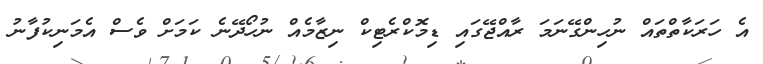
އެ ހަރަކާތްތައް ނުހިންގޭނަމަ ރާއްޖޭގައި ޑިމޮކްރެޓިކް ނިޒާމެއް ނުހޯދޭނެ ކަމަށް ވެސް އެމަނިކުފާނު